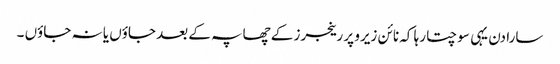
سارا دن یہی سوچتا رہا کہ نائن زیرو پر رینجرز کے چھاپہ کے بعد جاؤں یا نہ جاؤں ۔